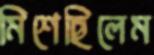
মিশেছিলেম